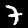
Label: 7